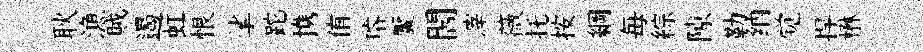
耿漁賊遏虹恨挲跎携侑璿饜閻滓薇托按綱毎綜隙勒纳觉捍楙